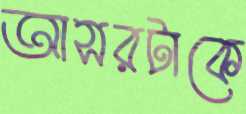
আসরটাকে